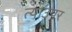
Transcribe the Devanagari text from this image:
त्याउपर